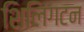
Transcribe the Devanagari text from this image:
शिलिंगटन